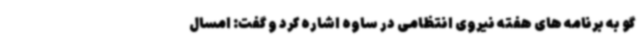
گو به برنامه های هفته نیروی انتظامی در ساوه اشاره کرد و گفت: امسال